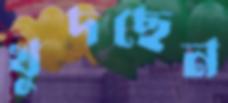
খুদছেন